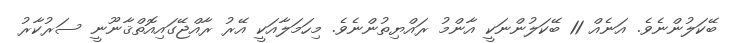
ބޭކަލުންނެވެ. އަނެއް 11 ބޭކަލުންނަކީ އާންމު ރައްޔިތުންނެވެ. މިހަމަލާއަކީ އޭރު ރާއްޖޭގައިއޮތްޤާނޫނީ ސަރުކާރު